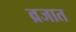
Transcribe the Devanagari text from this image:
व्रजात